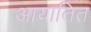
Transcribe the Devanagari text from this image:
आयातित